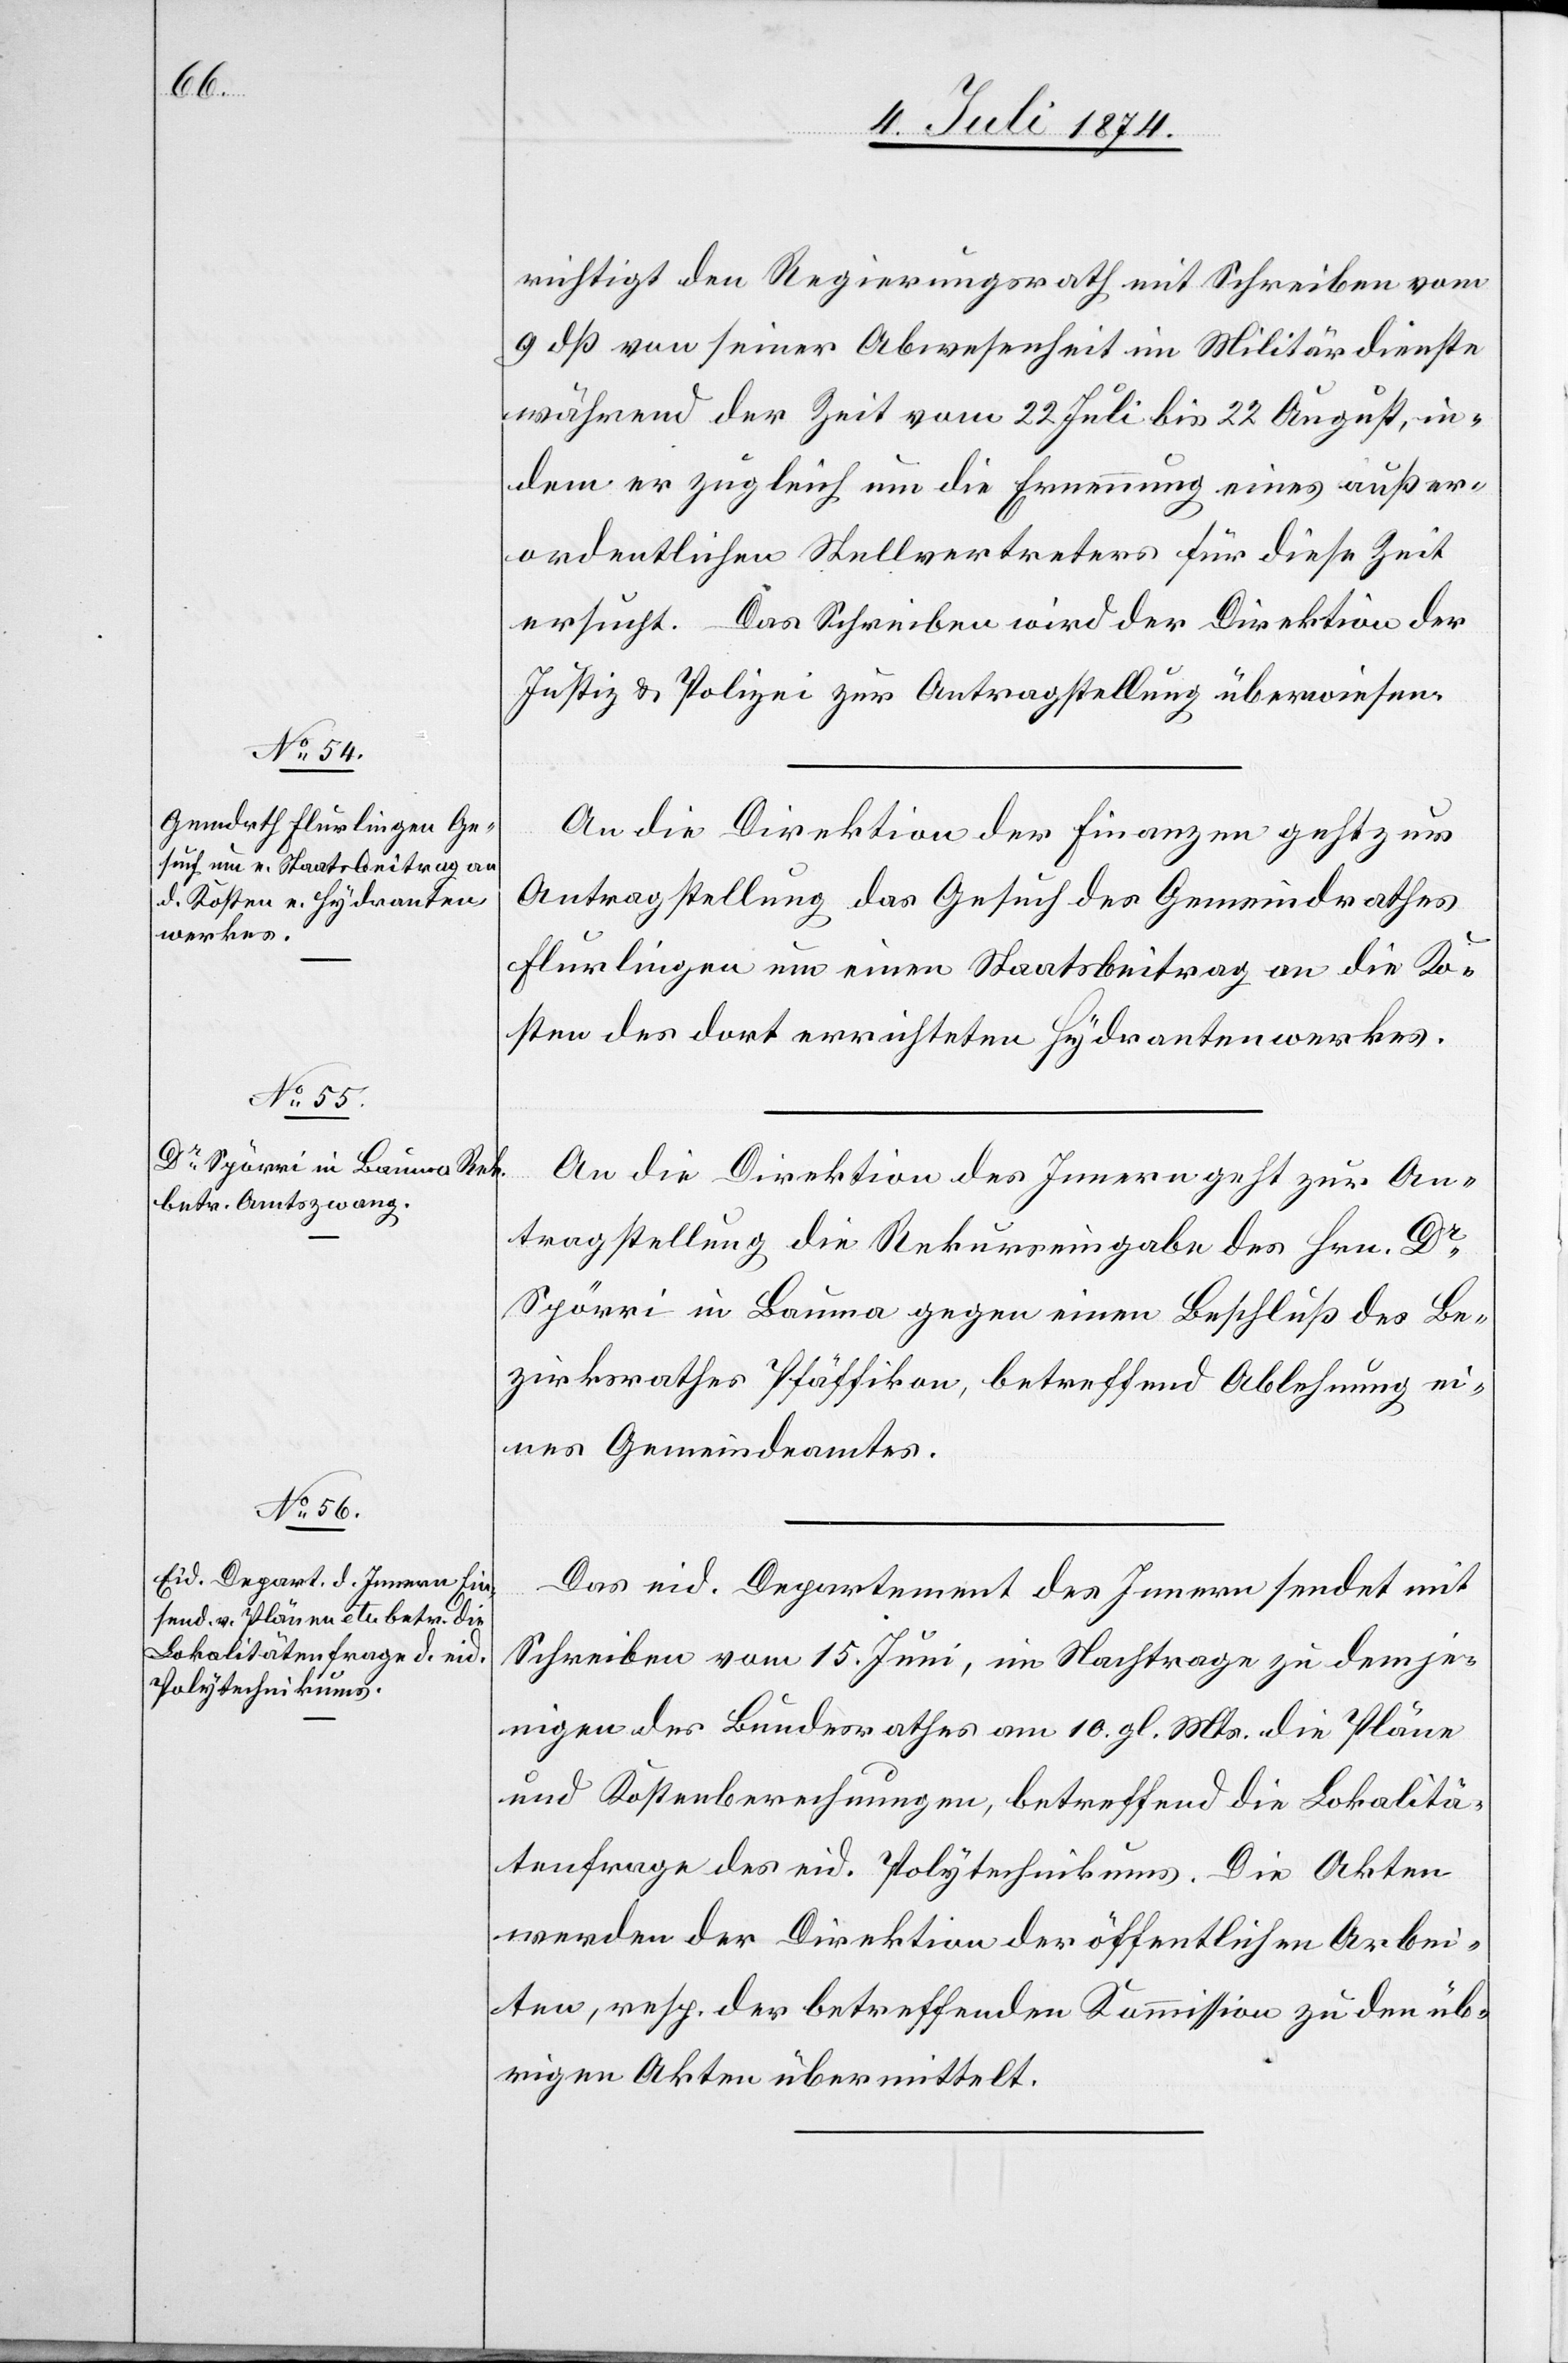
10. Juli 1874.]
richtigt den Regierungsrath mit Schreiben vom
9. dß. von seiner Abwesenheit im Militärdienste
während der Zeit vom 22. Juli bis 22. August, in¬
dem er zugleich um die Ernennung eines außer¬
ordentlichen Stellvertreters für diese Zeit
ersucht. Das Schreiben wird der Direktion der
Justiz u. Polizei zur Antragstellung überwiesen.
An die Direktion der Finanzen geht zur
Antragstellung das Gesuch des Gemeindrathes
Flurlingen um einen Staatsbeitrag an die Ko¬
sten des dort errichteten Hydrantenwerkes.
An die Direktion des Innern geht zur An¬
tragstellung die Rekurseingabe des Hrn. Dr
Spörri in Bauma gegen einen Beschluß des Be¬
zirksrathes Pfäffikon, betreffend Ablehnung ei¬
nes Gemeindeamtes.
Das eid. Departement des Innern sendet mit
Schreiben vom 15. Juni, im Nachtrage zu demje¬
nigen des Bundesrathes am 10. gl. Mts. die Pläne
und Kostenberechnungen, betreffend die Lokalitä¬
tenfrage des eid. Polytechnikums. Die Akten
werden der Direktion der öffentlichen Arbei¬
ten, resp. der betreffenden Kommission zu den üb¬
rigen Akten übermittelt.